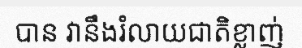
បាន វានឹងរំលាយជាតិខ្លាញ់